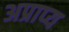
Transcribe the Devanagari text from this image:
अप्राप्‍य